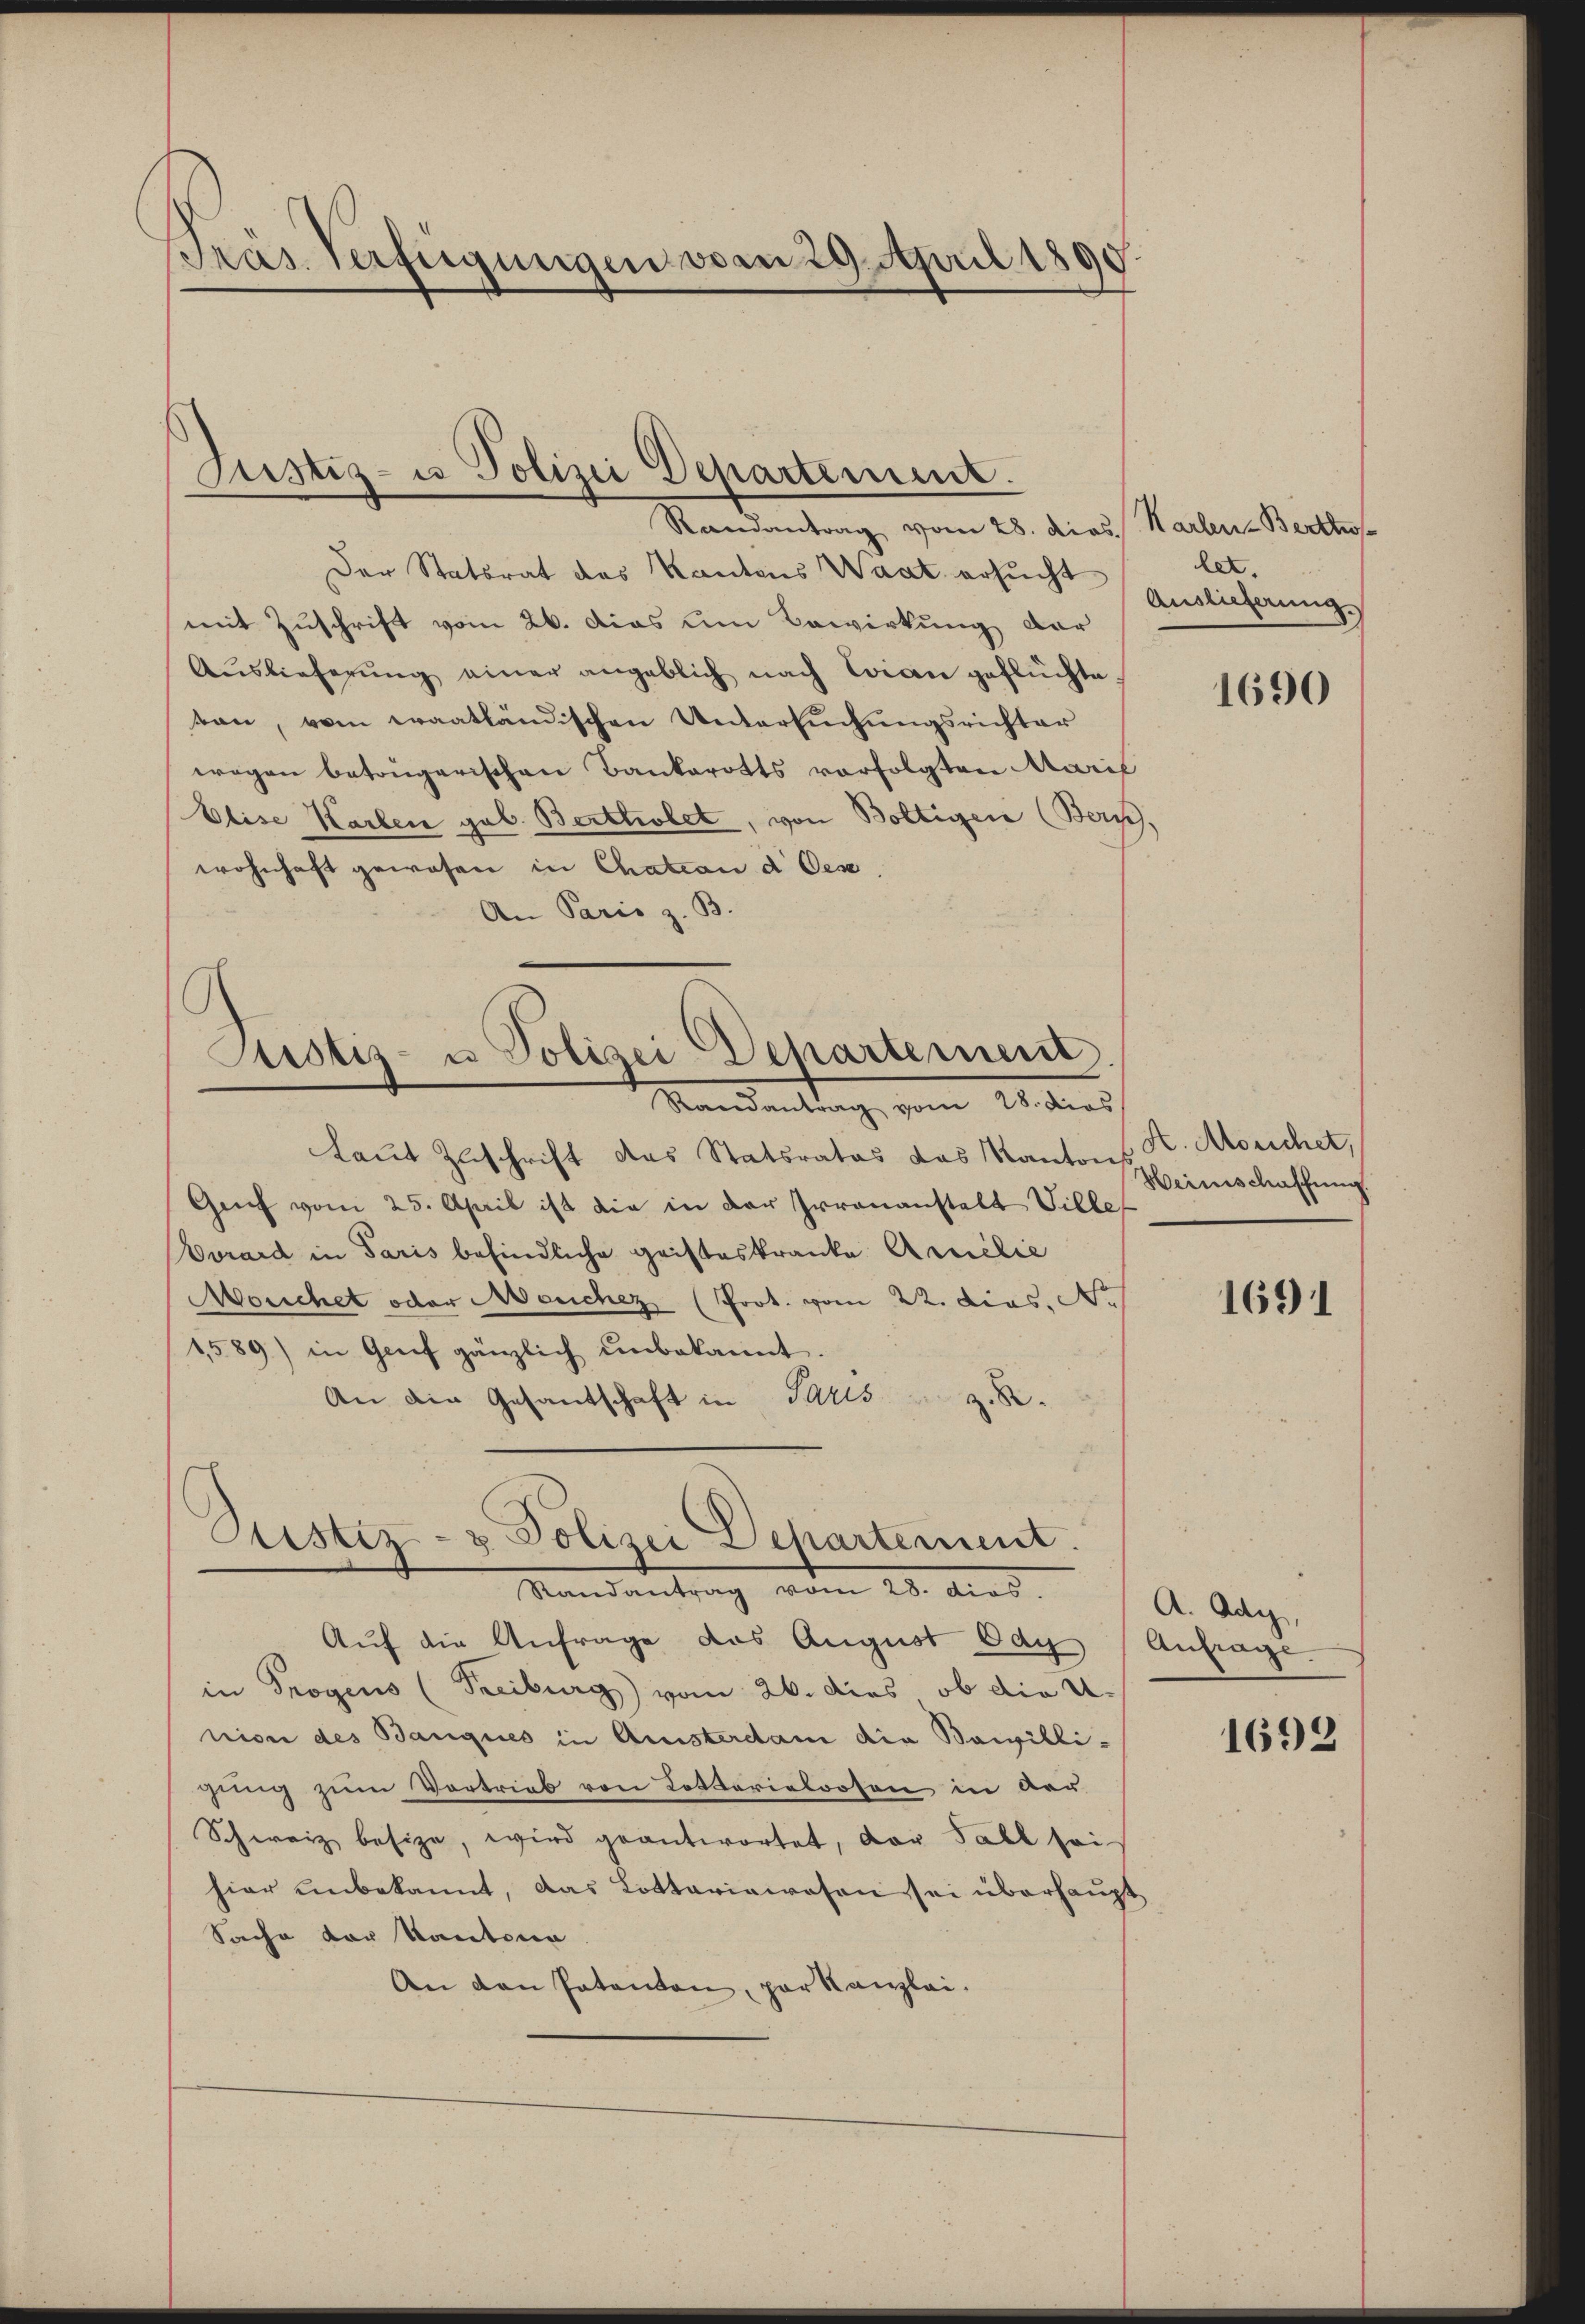
Fräs Verfügungen vom 29. April 189

Justiz- u Polizei Departement.
Randantrag vom 28. dies. Karten-Bertho

Der Statsrat des Kantons Waat ersucht Auslicherung
mit Zuschrift vom 26. Das um Bewirkung der
Aŭslieferŭng einer angeblich nach Laan geflüchte.
tan, vom waatländischen Untersuchungsrichter
wegen betrügerischen Bankerotts vorfolgten Marie
Elise Karlen geb. Berttiolet, von Boltigen (Bern,
wohnhaft gewesen in Chation d Oes
An Paris z. B.

Potiz- u Polizei Departement
Randantrag vom 28. dies

Laut Zuschrift das Statsrates das Kanton
Genf vom 25. April ist die in der Irrenanstalt Ville
Evrard in Paris befindliche Geisteskranke Annelić
Mouchet oder Manchez (Prot. vom 22. Dies. N
1589) in Genf gänzlich unbekannt.
An die Gesandschaft in Paris
.
Pustiz- & Polizei Dehartement.

Randantrag vom 28. dies

let.

Auf die Anfrage das August Ody Anfrage.
in Trogens (Freiburg vom 26. dies, ob die U
nion des Banques in Amisterdam die Bewillijung zum Vortrieb von Kosterieloosen in der
Schweiz besize, wird geantwortet, der Fall sei
hier unbekannt, das Lottariawesen sei überhaupt
Sache vor Kantona
An den Patenten, par Kanzlei.

1690

K. Morichet,
Heimschaffung

1691

A. Ady,

1692